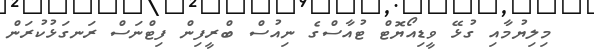
މިލިޔުމާއި ގުޅޭ ވީޑިއޯޔޮޓް ޓުއާސްގެ ނިއުސް ބްރީފިން ފިޓްނަސް ރަނގަޅުކުރަން